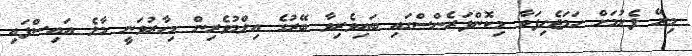
މިރޭ ފެށުމަށް ހަމަޖެހިފަވާ މިކޮންފަރެންސްގައި ބައިވެރިވާ ބޭރުގެ އިލްމުވެރިން މިހާރުވަނީ މާލެ އައިސްފައި